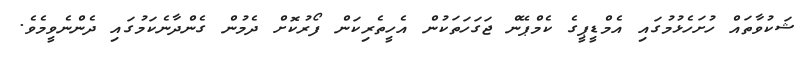
ޝަކުވާތައް ހުށަހެޅުމުގައި އެމްޑީޕީގެ ކެމްޕޭން ޖަގަހަތަކުން އެހީތެރިކަން ފޯރުކޮށް ދެމުން ގެންދާނެކަމުގައި ދެންނެވީމެވެ.